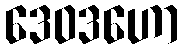
ဒေဝဒဟော